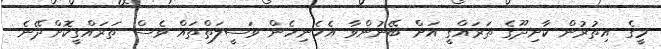
މީގެ އިތުރުން ކާށިދޫގެ ތަރައްގީ އަށް ބޭނުންވާ އެހެނިހެން ވަސީލަތްތައް ވެސް ތަރައްގީކޮށްދޭނެ